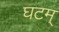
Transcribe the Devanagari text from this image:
घटम्